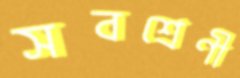
সবশ্রেণী